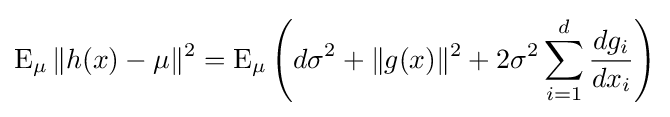
\operatorname {E} _{\mu }\|h(x)-\mu \|^{2}=\operatorname {E} _{\mu }\left(d\sigma ^{2}+\|g(x)\|^{2}+2\sigma ^{2}\sum _{i=1}^{d}{\frac {dg_{i}}{dx_{i}}}\right)